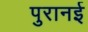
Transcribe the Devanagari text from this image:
पुरानई